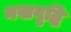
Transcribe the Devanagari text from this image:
नखवृद्धि